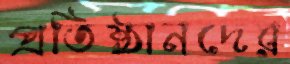
প্রতিষ্ঠানদের